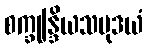
စက္ခုန္ဒြိယသမုဒယံ